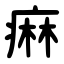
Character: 痳